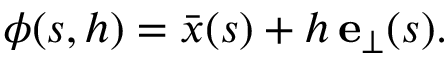
\boldsymbol \phi ( s , h ) = \bar { \boldsymbol { x } } ( s ) + h \, \mathbf { e } _ { \perp } ( s ) .